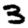
Digit: 3